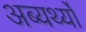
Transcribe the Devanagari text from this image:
अब्यर्थ्यों